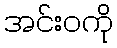
အင်းဝကို